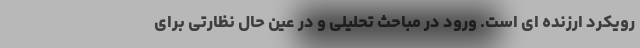
رویکرد ارزنده ای است. ورود در مباحث تحلیلی و در عین حال نظارتی برای